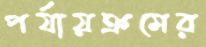
পর্যায়ক্রমের